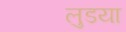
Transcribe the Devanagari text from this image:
लुडया